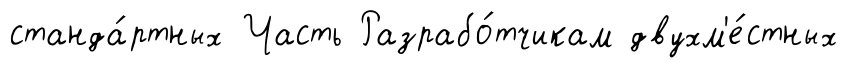
станда́ртных Часть Разрабо́тчикам двухм'е́стных